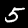
Digit: 5